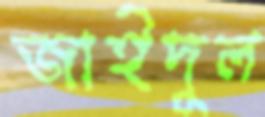
জাইদুল